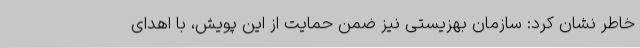
خاطر نشان کرد: سازمان بهزیستی نیز ضمن حمایت از این پویش، با اهدای